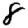
Digit: 8